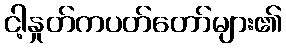
ငါ့နှုတ်ကပတ်တော်များ၏